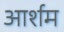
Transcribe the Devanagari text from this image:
आर्शम